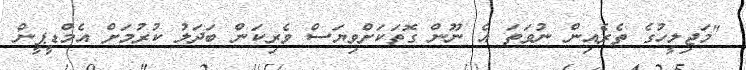
"މަޖިލީހުގެ ތެރެއިން ނުވަތަ އެ ނޫން ގޮތަކަށްވިޔަސް ވެރިކަން ބަދަލު ކުރުމަށް އެމްޑީޕީން